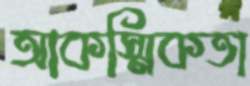
আকস্মিকতা